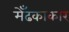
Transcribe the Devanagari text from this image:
मेँढकाकार